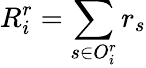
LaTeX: R_{i}^{r}=\sum_{s\in O_{i}^{r}}r_{s}